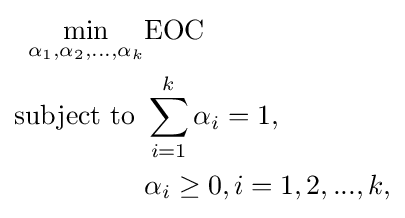
{\begin{aligned}\min _{\alpha _{1},\alpha _{2},\ldots ,\alpha _{k}}&\mathrm {EOC} \\{\text{subject to }}&\sum _{i=1}^{k}\alpha _{i}=1,\\&\alpha _{i}\geq 0,i=1,2,...,k,\end{aligned}}